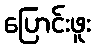
ပြောင်းဖူး